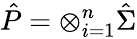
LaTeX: \hat{P}=\otimes_{i=1}^{n}\hat{\Sigma}